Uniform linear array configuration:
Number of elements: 16
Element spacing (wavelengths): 0.25
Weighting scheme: binomial
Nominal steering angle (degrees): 30
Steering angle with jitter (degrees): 28.592
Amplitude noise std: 0.05
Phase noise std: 0.05

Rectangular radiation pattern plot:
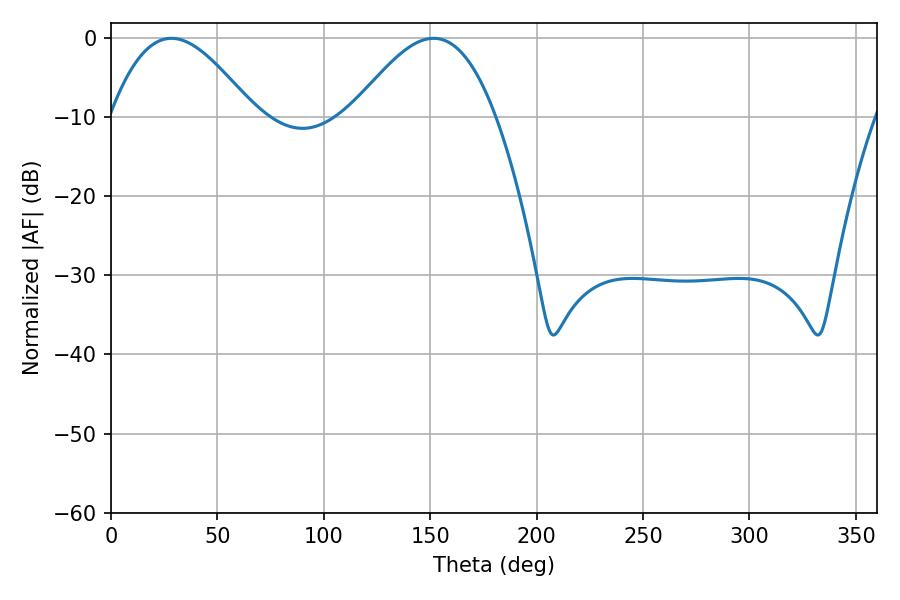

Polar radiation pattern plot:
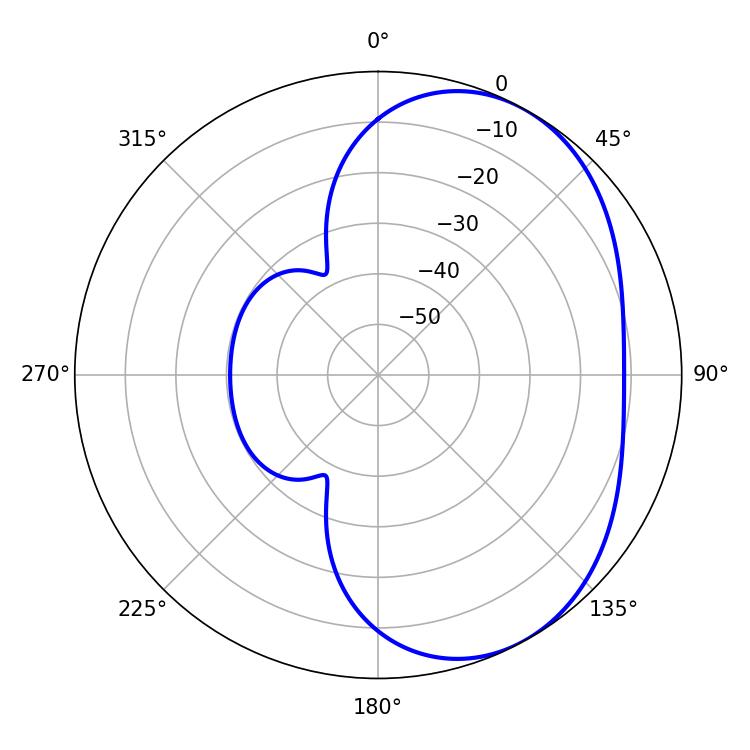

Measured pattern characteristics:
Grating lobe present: FALSE
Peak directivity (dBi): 4.27
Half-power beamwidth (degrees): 36.36
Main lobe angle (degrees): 28.44